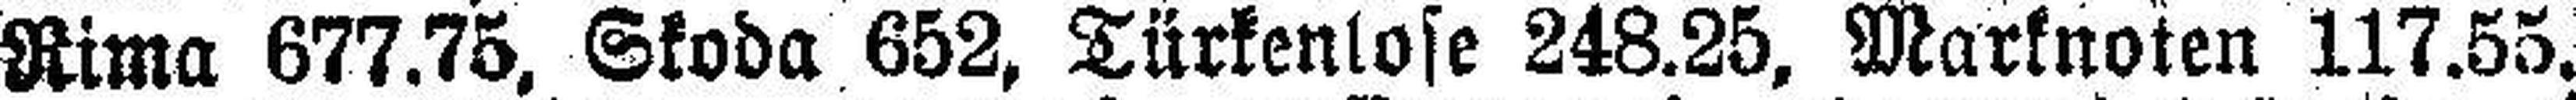
Rima 677.75, Skoda 652, Türkenlose 248.25, Marknoten 117.55.